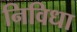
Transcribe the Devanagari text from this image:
निविधा